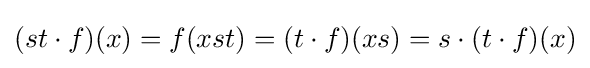
(st\cdot f)(x)=f(xst)=(t\cdot f)(xs)=s\cdot (t\cdot f)(x)